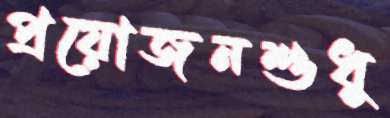
প্রয়োজনশুধু